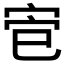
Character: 𫳄